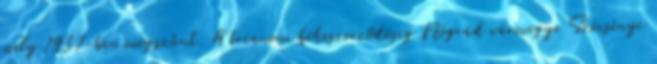
mely 1937-ben megszűnt. A trianoni békeszerződésig Nógrád vármegye Szécsényi